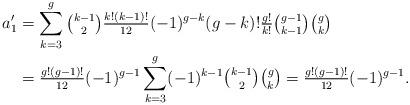
LaTeX: \begin{align*}a'_1&=\sum_{k=3}^g \tbinom{k-1}{2}\tfrac{k!(k-1)!}{12}(-1)^{g-k}(g-k)!\tfrac{g!}{k!}\tbinom{g-1}{k-1}\tbinom{g}{k}\\&=\tfrac{g!(g-1)!}{12}(-1)^{g-1}\sum_{k=3}^{g}(-1)^{k-1}\tbinom{k-1}{2}\tbinom{g}{k}=\tfrac{g!(g-1)!}{12}(-1)^{g-1}.\end{align*}